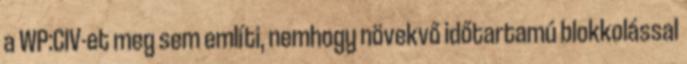
a WP:CIV-et meg sem említi, nemhogy növekvő időtartamú blokkolással